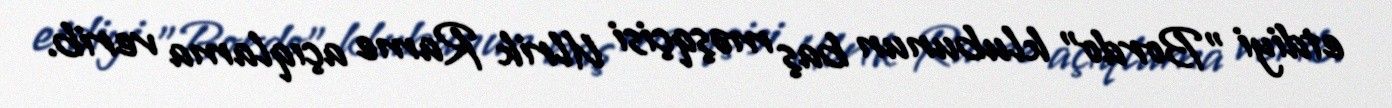
etdiyi "Bordo" klubunun baş məşqçisi Ulrik Rame açıqlama verib.